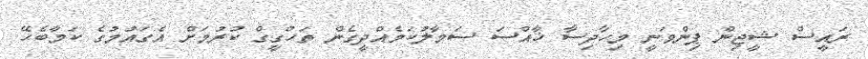
ރައީސް ޝީޖިން ޕިންވަނީ މިހާދިސާ ޚާއްސަ ސަމާލުކަމެއްދީގެން ތަހްގީގް ކުރުމަށް އެގައުމުގެ ކަމާބެހޭ